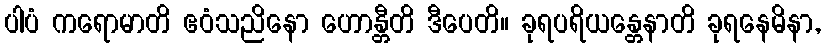
ပါပံ ကရောမာတိ ဧဝံသညိနော ဟောန္တီတိ ဒီပေတိ။ ခုရပရိယန္တေနာတိ ခုရနေမိနာ,